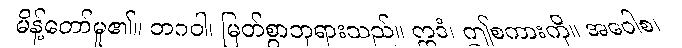
မိန့်တော်မူ၏။ ဘဂဝါ၊ မြတ်စွာဘုရားသည်။ ဣဒံ၊ ဤစကားကို။ အဝေါစ၊